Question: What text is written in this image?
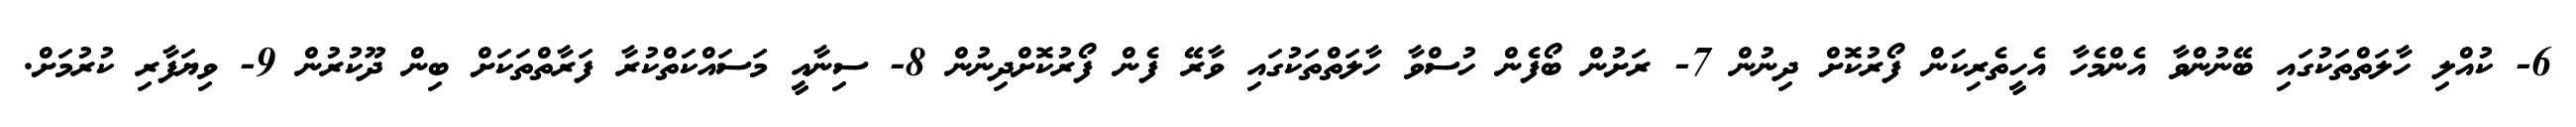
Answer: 6- ކުއްލި ހާލަތްތަކުގައި ބޭނުންވާ އެންމެހާ އެހީތެރިކަން ފޯރުކޮށް ދިނުން 7- ރަށުން ބޯފެން ހުސްވާ ހާލަތްތަކުގައި ވާރޭ ފެން ފޯރުކޮށްދިނުން 8- ސިނާއީ މަސައްކަތްކުރާ ފަރާތްތަކަށް ބިން ދޫކުރުން 9- ވިޔަފާރި ކުރުމަށް.